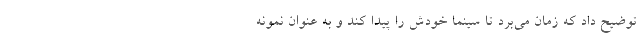
توضیح داد که زمان می‌برد تا سینما خودش را پیدا کند و به عنوان نمونه‌